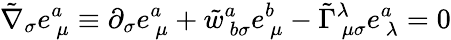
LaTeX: \tilde{\nabla}_{\sigma}e_{~\mu}^{a}\equiv\partial_{\sigma}e_{~\mu}^{a}+\tilde{w}_{~b\sigma}^{a}e_{~\mu}^{b}-\tilde{\Gamma}_{~\mu\sigma}^{\lambda}e_{~\lambda}^{a}=0